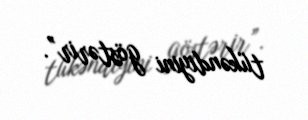
tükəndiyini göstərir”.